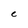
Character: C